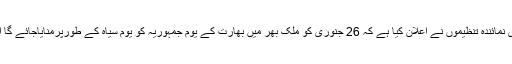
اطلاعات کے مطابق پاکستان میں بسنے والی سکھ کمیونٹی اور کشمیری نمائندہ تنظیموں نے اعلان کیا ہے کہ 26 جنوری کو ملک بھر میں بھارت کے یوم جمہوریہ کو یوم سیاہ کے طورپرمنایاجائے گا اور بھارت کا غیرجمہوری چہرہ دنیا کے سامنے بے نقاب کیاجائے گا۔